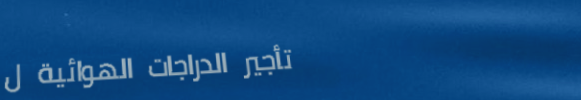
تأجير الدراجات الهوائية ل